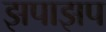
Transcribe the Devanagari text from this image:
झपाझप